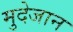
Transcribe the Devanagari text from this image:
मुदेजान